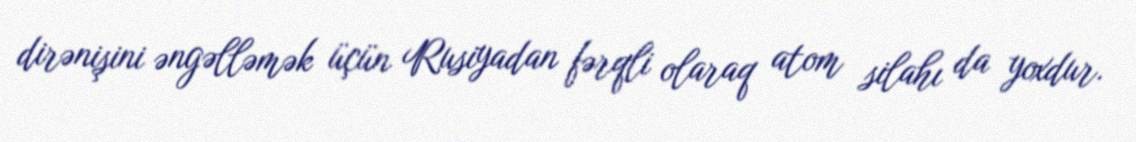
dirənişini əngəlləmək üçün Rusiyadan fərqli olaraq atom silahı da yoxdur.